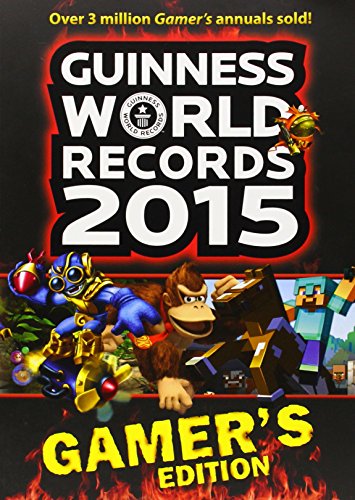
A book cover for Guinness World Records 2015 Gamer's Edition; Guinness World Records; Humor & Entertainment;